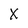
Character: X